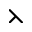
\leftthreetimes